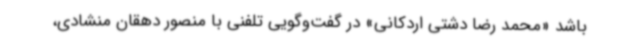
باشد «محمد رضا دشتی اردکانی» در گفت‌وگویی تلفنی با منصور دهقان منشادی،